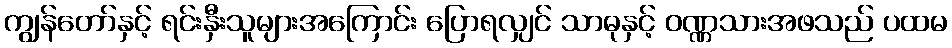
ကျွန်တော်နှင့် ရင်းနှီးသူများအကြောင်း ပြောရလျှင် သာဓုနှင့် ဝဏ္ဏသားအဖသည် ပထမ